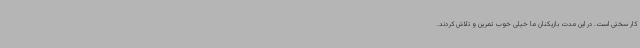
کار سختی است. در این مدت بازیکنان ما خیلی خوب تمرین و تلاش کردند.